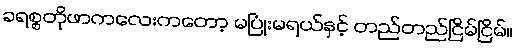
ခရစ္စတိုဖာကလေးကတော့ မပြုံးမရယ်နှင့် တည်တည်ငြိမ်ငြိမ်။